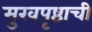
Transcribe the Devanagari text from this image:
मुखपृष्ठाची